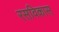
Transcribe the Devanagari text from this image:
रसविकास